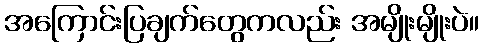
အကြောင်းပြချက်တွေကလည်း အမျိုးမျိုးပဲ။